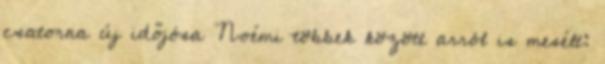
csa­torna új idő­jósa Noémi töb­bek kö­zött arról is me­sélt: